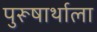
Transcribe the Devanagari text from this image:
पुरूषार्थाला